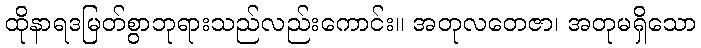
ထိုနာရဒမြတ်စွာဘုရားသည်လည်းကောင်း။ အတုလတေဇာ၊ အတုမရှိသော